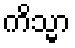
ကိသ္မာ